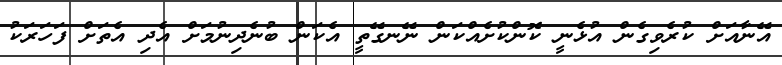
އޭނާއަށް ކުރެވިގެން އުޅެނީ ކޮންކުށެއްކަން ނޭނގޭތީ އެކަން ބުނެދިނުމަށް އެދި އެތަށް ފަހަރަކު